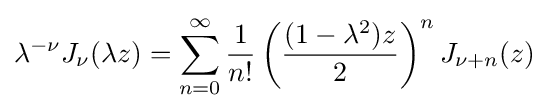
\lambda ^{-\nu }J_{\nu }(\lambda z)=\sum _{n=0}^{\infty }{\frac {1}{n!}}\left({\frac {(1-\lambda ^{2})z}{2}}\right)^{n}J_{\nu +n}(z)